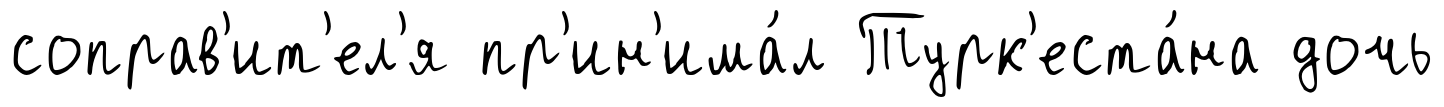
соправ'ит'ел'я пр'ин'има́л Турк'еста́на дочь